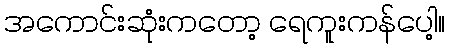
အကောင်းဆုံးကတော့ ရေကူးကန်ပေါ့။